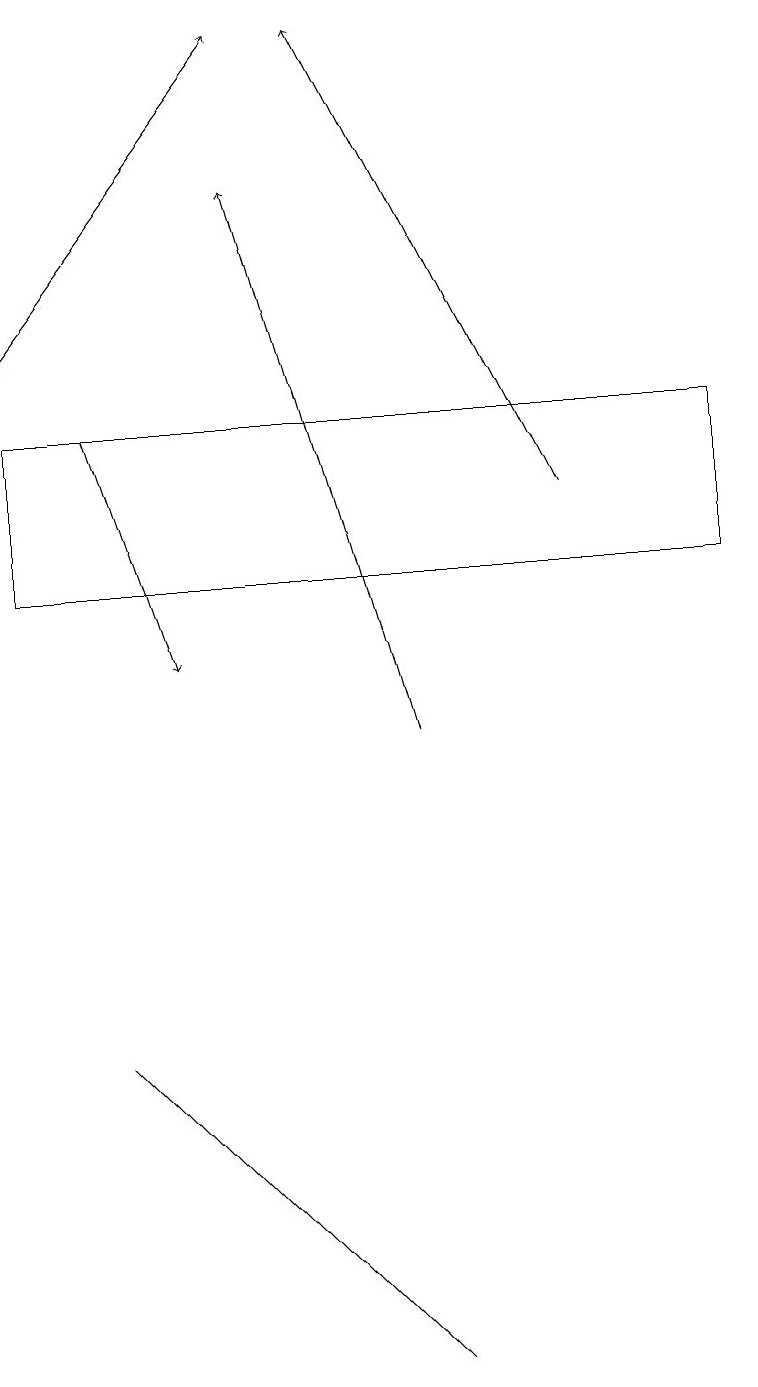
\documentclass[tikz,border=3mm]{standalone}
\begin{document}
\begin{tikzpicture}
\draw (0,12) rectangle (9,14);
\draw[->] (1,14) -- (2,11);
\draw (3,4) -- (5,2) -- (1,6) -- cycle;
\draw[->] (5,10) -- (3,17);
\draw[->] (7,13) -- (4,19);
\draw[->] (0,15) -- (3,19);
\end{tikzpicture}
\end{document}